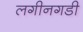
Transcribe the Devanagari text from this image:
लगीनगडी